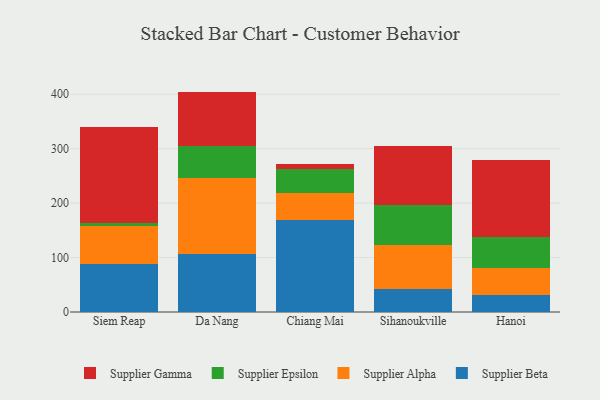
{"axis": {"x": "City", "y": "Tickets Resolved"}, "legend": ["Supplier Alpha", "Supplier Beta", "Supplier Epsilon", "Supplier Gamma"], "data": [{"x": "Siem Reap", "y": 88.4, "type": "Supplier Beta"}, {"x": "Siem Reap", "y": 69.9, "type": "Supplier Alpha"}, {"x": "Siem Reap", "y": 5.8, "type": "Supplier Epsilon"}, {"x": "Siem Reap", "y": 176.6, "type": "Supplier Gamma"}, {"x": "Da Nang", "y": 106.2, "type": "Supplier Beta"}, {"x": "Da Nang", "y": 140.0, "type": "Supplier Alpha"}, {"x": "Da Nang", "y": 58.9, "type": "Supplier Epsilon"}, {"x": "Da Nang", "y": 99.8, "type": "Supplier Gamma"}, {"x": "Chiang Mai", "y": 169.2, "type": "Supplier Beta"}, {"x": "Chiang Mai", "y": 48.7, "type": "Supplier Alpha"}, {"x": "Chiang Mai", "y": 44.4, "type": "Supplier Epsilon"}, {"x": "Chiang Mai", "y": 10.2, "type": "Supplier Gamma"}, {"x": "Sihanoukville", "y": 43.0, "type": "Supplier Beta"}, {"x": "Sihanoukville", "y": 80.9, "type": "Supplier Alpha"}, {"x": "Sihanoukville", "y": 72.5, "type": "Supplier Epsilon"}, {"x": "Sihanoukville", "y": 109.1, "type": "Supplier Gamma"}, {"x": "Hanoi", "y": 31.9, "type": "Supplier Beta"}, {"x": "Hanoi", "y": 48.4, "type": "Supplier Alpha"}, {"x": "Hanoi", "y": 57.8, "type": "Supplier Epsilon"}, {"x": "Hanoi", "y": 141.6, "type": "Supplier Gamma"}]}